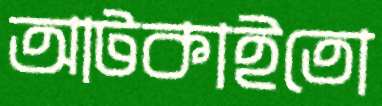
আটকাইতো